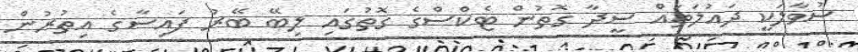
ސުވާލަކީ ދައުލަތައް ސީދާ ގޮތުން ޓެކްސްގެ ގޮތުގައި ލިބޭ ބޭރު ފައިސާގެ އިތުރުން